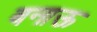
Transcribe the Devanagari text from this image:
बनाऊ